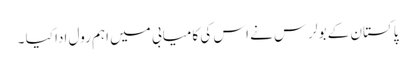
پاکستان کے بولرس نے اس کی کامیابی میں اہم رول ادا کیا ۔